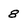
Character: 8